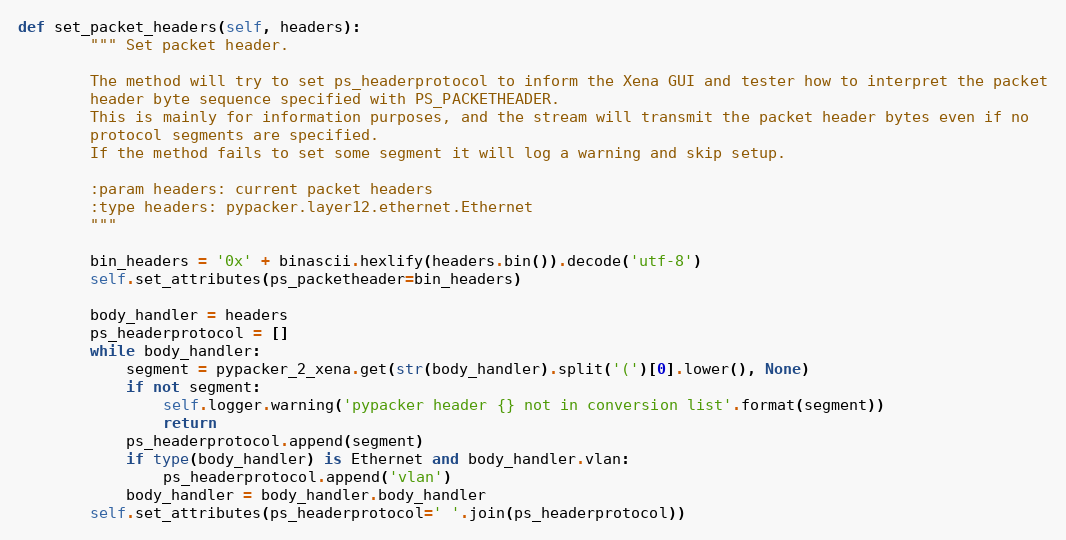
Language: Python
def set_packet_headers(self, headers):
        """ Set packet header.

        The method will try to set ps_headerprotocol to inform the Xena GUI and tester how to interpret the packet
        header byte sequence specified with PS_PACKETHEADER.
        This is mainly for information purposes, and the stream will transmit the packet header bytes even if no
        protocol segments are specified.
        If the method fails to set some segment it will log a warning and skip setup.

        :param headers: current packet headers
        :type headers: pypacker.layer12.ethernet.Ethernet
        """

        bin_headers = '0x' + binascii.hexlify(headers.bin()).decode('utf-8')
        self.set_attributes(ps_packetheader=bin_headers)

        body_handler = headers
        ps_headerprotocol = []
        while body_handler:
            segment = pypacker_2_xena.get(str(body_handler).split('(')[0].lower(), None)
            if not segment:
                self.logger.warning('pypacker header {} not in conversion list'.format(segment))
                return
            ps_headerprotocol.append(segment)
            if type(body_handler) is Ethernet and body_handler.vlan:
                ps_headerprotocol.append('vlan')
            body_handler = body_handler.body_handler
        self.set_attributes(ps_headerprotocol=' '.join(ps_headerprotocol))